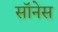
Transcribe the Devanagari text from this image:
सॉनेस